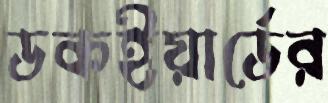
ডকইয়ার্ডের